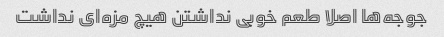
جوجه‌ها اصلا طعم خوبی نداشتن هیچ مزه‌ای نداشت